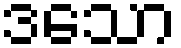
ဒသော